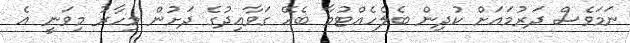
ނަމަވެސް ދަރުމައަށް ކުދިން ބެލެހެއްޓުމާ ބެހޭ ގަވާއިދުގެ ދަށުން މިހާރު މިވަނީ އެ